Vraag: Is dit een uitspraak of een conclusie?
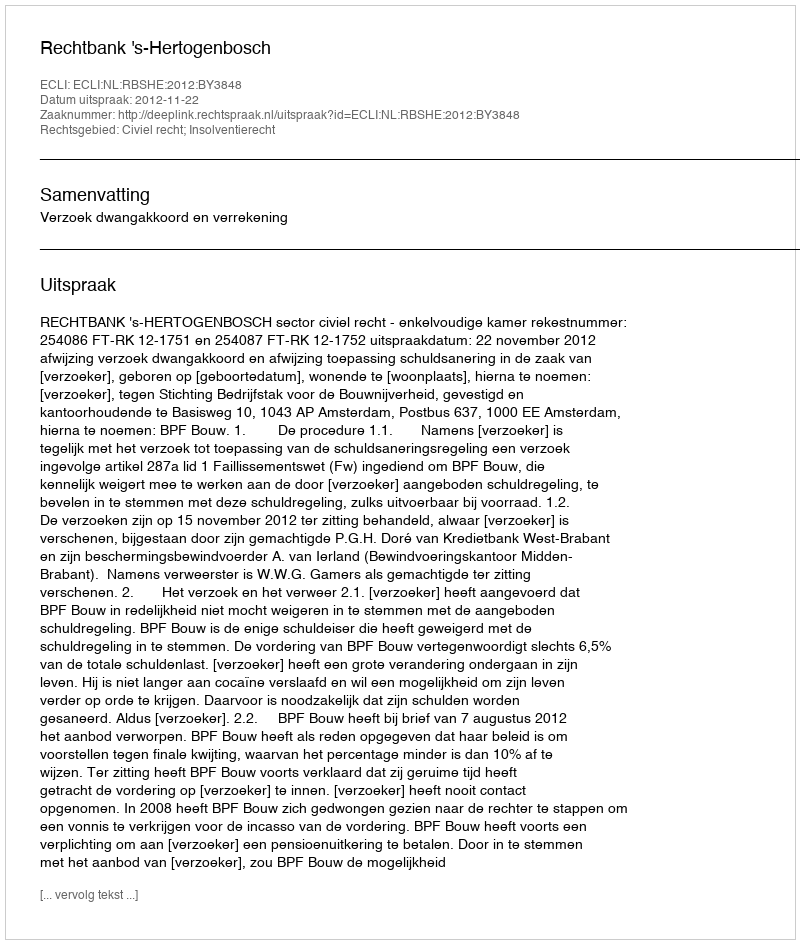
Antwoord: Uitspraak